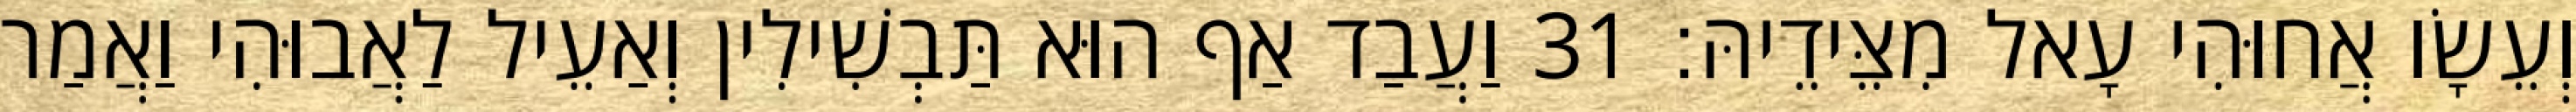
וְעֵשָׂו אֲחוּהִי עָאל מִצֵּידֵיהּ׃ 31 וַעֲבַד אַף הוּא תַּבְשִׁילִין וְאַעֵיל לַאֲבוּהִי וַאֲמַר